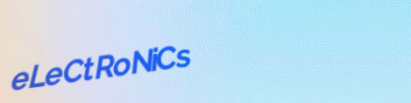
eLeCtRoNiCs